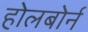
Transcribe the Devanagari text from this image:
होलबोर्न